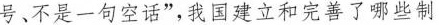
号、不是一句空话”，我国建立和完善了哪些制